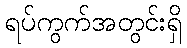
ရပ်ကွက်အတွင်းရှိ